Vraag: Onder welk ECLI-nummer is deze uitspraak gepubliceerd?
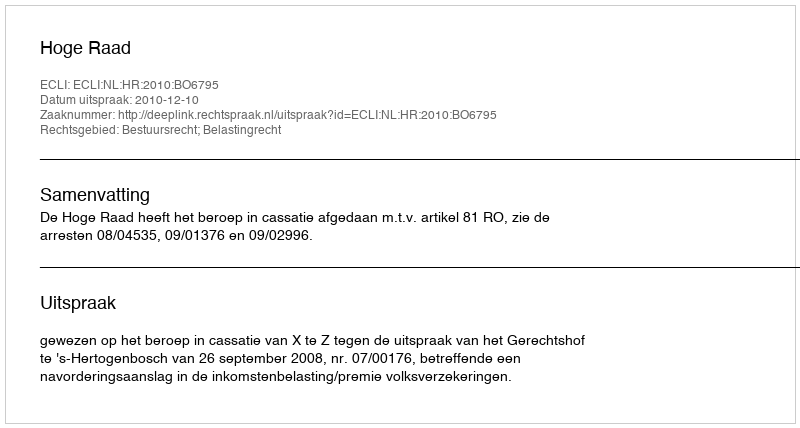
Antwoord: ECLI:NL:HR:2010:BO6795